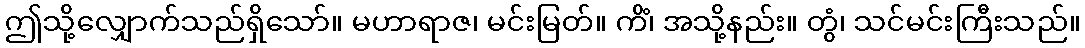
ဤသို့လျှောက်သည်ရှိသော်။ မဟာရာဇ၊ မင်းမြတ်။ ကိံ၊ အသို့နည်း။ တွံ၊ သင်မင်းကြီးသည်။